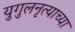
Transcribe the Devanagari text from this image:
युगुलनृत्याच्या